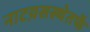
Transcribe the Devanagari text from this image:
नाटय़सस्थेतर्फे